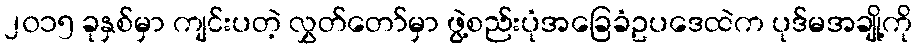
၂၀၁၅ ခုနှစ်မှာ ကျင်းပတဲ့ လွှတ်တော်မှာ ဖွဲ့စည်းပုံအခြေခံဥပဒေထဲက ပုဒ်မအချို့ကို